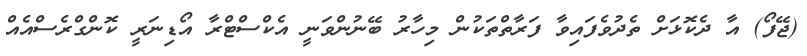
(ޖޭފޯ) އާ ދެކޮޅަށް ތެދުވެފައިވާ ފަރާތްތަކުން މިހާރު ބޭނުންވަނީ އެކްސްޓްރާ އޯޑިނަރީ ކޮންގްރެސްއެއް